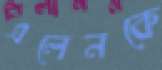
এলেনকে